Indian journal of veterinary science and animal husbandry - Volume 1,
Year: 1931
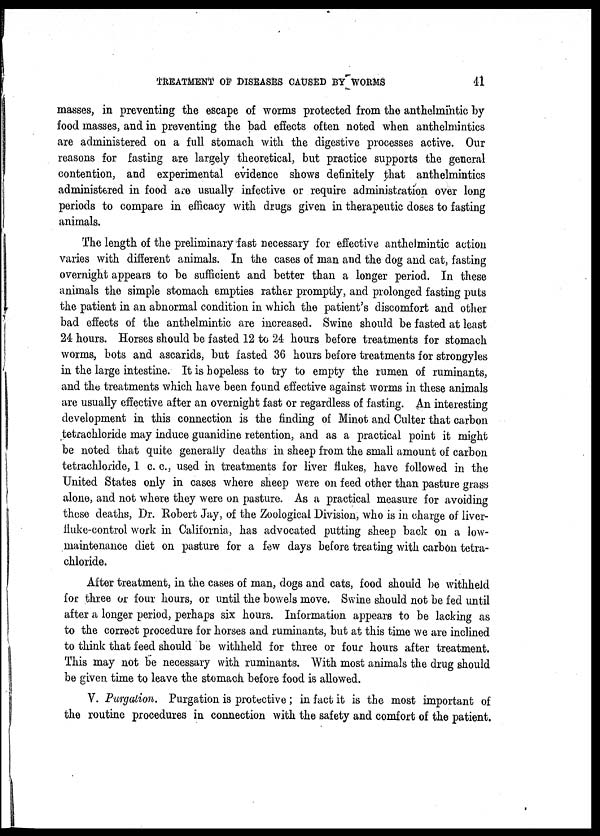
TREATMENT OF DISEASES CAUSED BY WORMS 41
masses, in preventing the escape of worms protected from the anthelmintic by
food masses, and in preventing the bad effects often noted when anthelmintics
are administered on a full stomach with the digestive processes active. Our
reasons for fasting are largely theoretical, but practice supports the general
contention, and experimental evidence shows definitely that anthelmintics
administered in food are usually infective or require administration over long
periods to compare in efficacy with drugs given in therapeutic doses to fasting
animals.
The length of the preliminary fast necessary for effective anthelmintic action
varies with different animals. In the cases of man and the dog and cat, fasting
overnight appears to be sufficient and better than a longer period. In these
animals the simple stomach empties rather promptly, and prolonged fasting puts
the patient in an abnormal condition in which the patient's discomfort and other
bad effects of the anthelmintic are increased. Swine should be fasted at least
24 hours. Horses should be fasted 12 to 24 hours before treatments for stomach
worms, bots and ascarids, but fasted 36 hours before treatments for strongyles
in the large intestine. It is hopeless to try to empty the rumen of ruminants,
and the treatments which have been found effective against worms in these animals
are usually effective after an overnight fast or regardless of fasting. An interesting
development in this connection is the finding of Minot and Culter that carbon
tetrachloride may induce guanidine retention, and as a practical point it might
be noted that quite generally deaths in sheep from the small amount of carbon
tetrachloride, 1 c. c., used in treatments for liver flukes, have followed in the
United States only in cases where sheep were on feed other than pasture grass
alone, and not where they were on pasture. As a practical measure for avoiding
these deaths, Dr. Robert Jay, of the Zoological Division, who is in charge of liver-
fluke-control work in California, has advocated putting sheep back on a low-
maintenance diet on pasture for a few days before treating with carbon tetra-
chloride.
After treatment, in the cases of man, dogs and cats, food should be withheld
for three or four hours, or until the bowels move. Swine should not be fed until
after a longer period, perhaps six hours. Information appears to be lacking as
to the correct procedure for horses and ruminants, but at this time we are inclined
to think that feed should be withheld for three or four hours after treatment.
This may not be necessary with ruminants. With most animals the drug should
be given time to leave the stomach before food is allowed.
V. Purgation. Purgation is protective ; in fact it is the most important of
the routine procedures in connection with the safety and comfort of the patient.